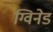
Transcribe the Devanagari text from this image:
ग्विनेड